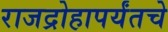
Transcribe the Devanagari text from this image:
राजद्रोहापर्यंतचे